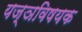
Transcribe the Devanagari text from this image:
यज्ञविषयक